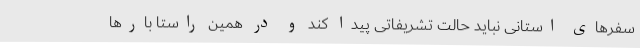
سفرهای استانی نباید حالت تشریفاتی پیدا کند و در همین راستا بارها